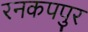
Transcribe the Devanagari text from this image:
रनकपपुर